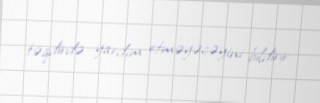
təqdirdə yardım etməyəcəyini bildirir.